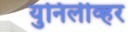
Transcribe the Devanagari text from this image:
युनिलीव्हर